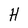
Character: H